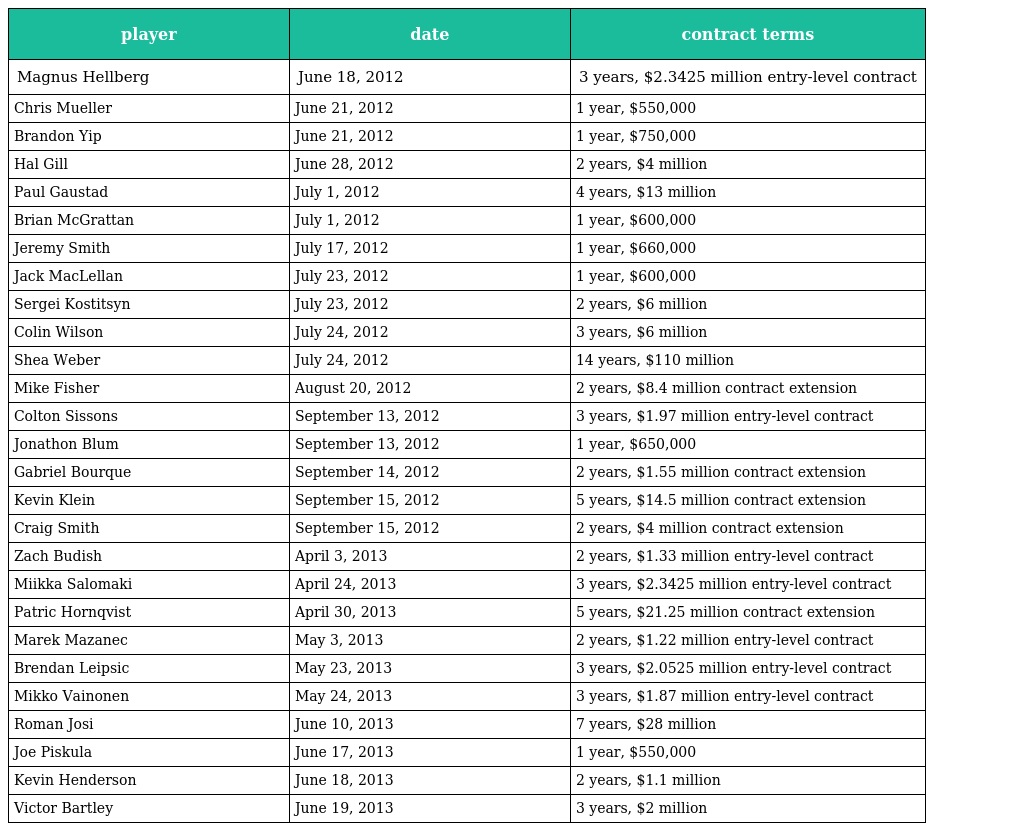
| player | date | contract terms |
 | --- | --- | --- |
 | Magnus Hellberg | June 18, 2012 | 3 years, $2.3425 million entry-level contract |
 | Chris Mueller | June 21, 2012 | 1 year, $550,000 |
 | Brandon Yip | June 21, 2012 | 1 year, $750,000 |
 | Hal Gill | June 28, 2012 | 2 years, $4 million |
 | Paul Gaustad | July 1, 2012 | 4 years, $13 million |
 | Brian McGrattan | July 1, 2012 | 1 year, $600,000 |
 | Jeremy Smith | July 17, 2012 | 1 year, $660,000 |
 | Jack MacLellan | July 23, 2012 | 1 year, $600,000 |
 | Sergei Kostitsyn | July 23, 2012 | 2 years, $6 million |
 | Colin Wilson | July 24, 2012 | 3 years, $6 million |
 | Shea Weber | July 24, 2012 | 14 years, $110 million |
 | Mike Fisher | August 20, 2012 | 2 years, $8.4 million contract extension |
 | Colton Sissons | September 13, 2012 | 3 years, $1.97 million entry-level contract |
 | Jonathon Blum | September 13, 2012 | 1 year, $650,000 |
 | Gabriel Bourque | September 14, 2012 | 2 years, $1.55 million contract extension |
 | Kevin Klein | September 15, 2012 | 5 years, $14.5 million contract extension |
 | Craig Smith | September 15, 2012 | 2 years, $4 million contract extension |
 | Zach Budish | April 3, 2013 | 2 years, $1.33 million entry-level contract |
 | Miikka Salomaki | April 24, 2013 | 3 years, $2.3425 million entry-level contract |
 | Patric Hornqvist | April 30, 2013 | 5 years, $21.25 million contract extension |
 | Marek Mazanec | May 3, 2013 | 2 years, $1.22 million entry-level contract |
 | Brendan Leipsic | May 23, 2013 | 3 years, $2.0525 million entry-level contract |
 | Mikko Vainonen | May 24, 2013 | 3 years, $1.87 million entry-level contract |
 | Roman Josi | June 10, 2013 | 7 years, $28 million |
 | Joe Piskula | June 17, 2013 | 1 year, $550,000 |
 | Kevin Henderson | June 18, 2013 | 2 years, $1.1 million |
 | Victor Bartley | June 19, 2013 | 3 years, $2 million |